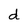
Character: d